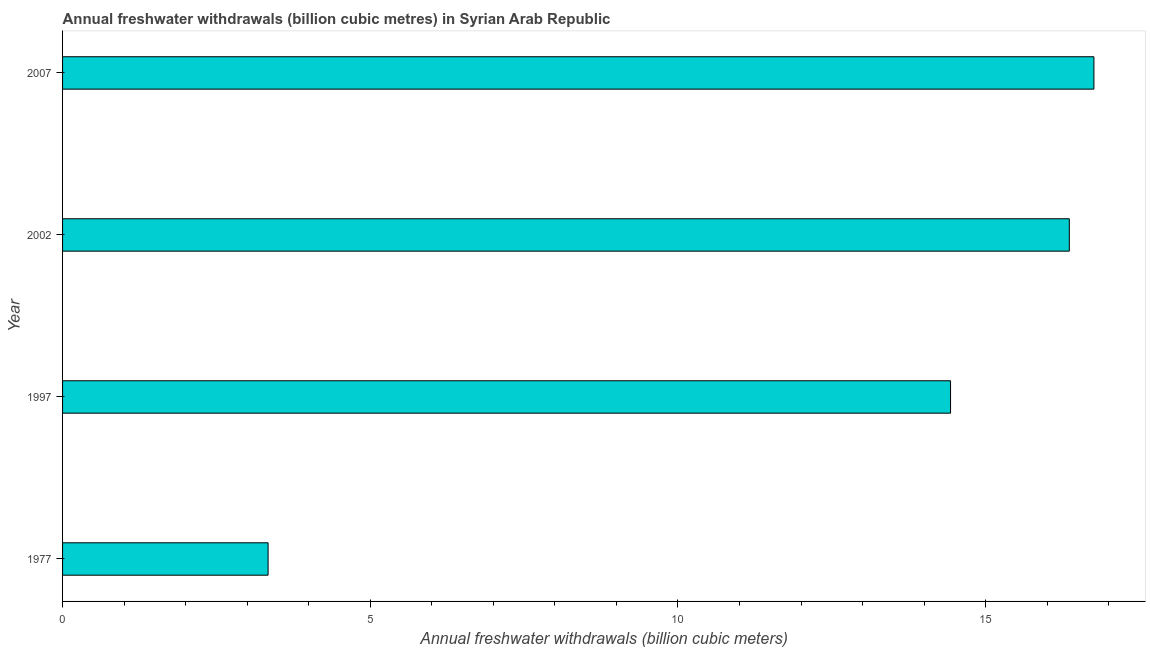
| Year | Annual freshwater withdrawals |
 | --- | --- |
 | 1977 | 3.34 |
 | 1997 | 14.4 |
 | 2002 | 16.4 |
 | 2007 | 16.8 |